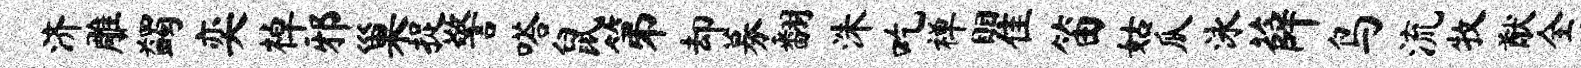
济雕蠲奕棹邪巢捉警嗒鼠第却募翻洙吃禅瞿笛姑瓜泳薛鸟流牧猷全弦